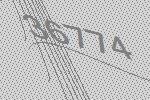
36774